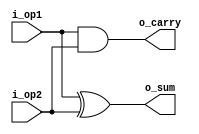
`timescale 1 ns /1 ps
module half_adder (i_op1, i_op2, o_sum, o_carry);
	
	input  i_op1, i_op2;
	output o_sum, o_carry;

	xor (o_sum, i_op1, i_op2);
	and (o_carry, i_op1, i_op2);

endmodule

module full_adder(i_op1, i_op2, i_carry_prev, o_sum, o_carry);
	
	input  i_op1, i_op2, i_carry_prev;
	output o_sum, o_carry;

	wire   sum1, carry1, carry2;

	or or1 (o_carry, carry1, carry2);

	half_adder first_half_adder(.i_op1(i_op1),
								.i_op2(i_op2),
								.o_sum(sum1),
								.o_carry(carry1)
								);

	half_adder second_half_adder(.i_op1(sum1),
								 .i_op2(i_carry_prev),
								 .o_sum(o_sum),
								 .o_carry(carry2)
								 );

endmodule

module param_adder (i_op1, i_op2, i_carry_in, o_sum, o_carry_out);

	parameter WIDTH = 4;

	input  [WIDTH-1:0] i_op1, i_op2;
	input 		  	   i_carry_in;
	output [WIDTH-1:0] o_sum;
	output 		       o_carry_out;

	wire   [WIDTH-1:0] carry;

	assign o_carry_out = carry[WIDTH-1];

	genvar i;

	generate 
		for(i=0; i<WIDTH; i=i+1) begin : adder_iteration
			if(i==0) 
				full_adder cl (.i_op1(i_op1[i]),
								 .i_op2(i_op2[i]),
								 .i_carry_prev(i_carry_in),
								 .o_sum(o_sum[i]),
								 .o_carry(carry[i])
								);
			
			else 
				full_adder cl (.i_op1(i_op1[i]),
								 .i_op2(i_op2[i]),
								 .i_carry_prev(carry[i-1]),
								 .o_sum(o_sum[i]),
								 .o_carry(carry[i])
								);
			
		end
	endgenerate
endmodule

`timescale 1 ns/1 ps

module adder_tb;
	parameter WIDTH = 8;
	reg  [WIDTH-1:0] op1, op2;
	reg 	    carry_in;
	wire [WIDTH-1:0] sum;
	wire 		carry_out;

	reg [WIDTH:0]  carry_concat_sum;

	param_adder #(.WIDTH(WIDTH)) add(.i_op1(op1), 
								 .i_op2(op2), 
								 .i_carry_in(carry_in), 
								 .o_sum(sum), 
								 .o_carry_out(carry_out)
								 );
	integer i, j, res, error = 0;

	initial begin
		carry_in = 0;
		for (i=0; i<2**WIDTH; i=i+1) begin
			for (j=0; j<2**WIDTH; j=j+1) begin
				res = i + j;
				op1 = i;
				op2 = j;
				#1;
				carry_concat_sum = {carry_out, sum};
				if (res!==carry_concat_sum) begin
					error = error + 1;
					$display("Error at %d: i=%d, j=%d, i+j=%d, op1=%d, op2=%d, op1+op2=%d, carry_out=%d, sum=%d",$time, 
						i,j,res,op1,op2,carry_concat_sum, carry_out, sum);
				end // if (res!= sum)
			end // for (j=0; j<16; j=j+1)
		end // for (i=0; i<16; i=i+1)
		carry_in = 1;
		for (i=0; i<2**WIDTH; i=i+1) begin
			for (j=0; j<2**WIDTH; j=j+1) begin
				res = i + j + carry_in;
				op1 = i;
				op2 = j;
				#1;
				carry_concat_sum = {carry_out, sum};
				if (res!==carry_concat_sum) begin
					error = error + 1;
					$display("Error at %d: i=%d, j=%d, i+j=%d, op1=%d, op2=%d, op1+op2=%d, carry_out=%d, sum=%d",$time, 
						i,j,res,op1,op2,carry_concat_sum, carry_out, sum);
				end // if (res!= sum)
			end // for (j=0; j<16; j=j+1)
		end // for (i=0; i<16; i=i+1)
		if (error==0) $display("!!!Test completed succesfully");
		else $display("Error counter: %d", error);
	end // initial
endmodule // lb2_tb